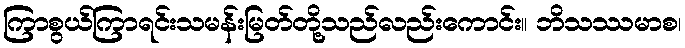
ကြာစွယ်ကြာရင်းသမန်းမြတ်တို့သည်လည်းကောင်း။ ဘိသဿမာစ၊